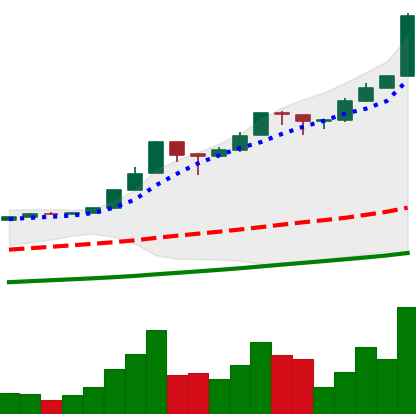
Ticker: BTC-USD
Chart end date: 2017-01-04
Forward return: -21.815%
Label: down_7plus